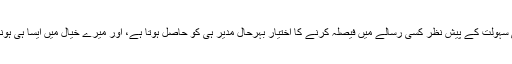
لیکن انتظامی سہولت کے پیش نظر کسی رسالے میں فیصلہ کرنے کا اختیار بہرحال مدیر ہی کو حاصل ہوتا ہے، اور میرے خیال میں ایسا ہی ہونا بھی چاہیے۔